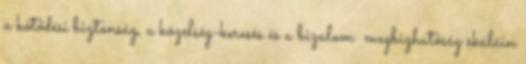
a kötődési biztonság, a közelség-keresés és a bizalom megbízhatóság skáláin